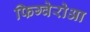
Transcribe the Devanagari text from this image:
फिग्वेरोआ